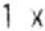
1 X